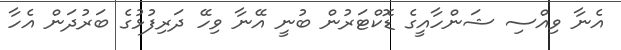
އެނާ ވިއްސި ޝަންހާއީގެ ޑޮކްޓަރުން ބުނީ އޭނާ ވިހޭ ދަރިފުޅުގެ ބަރުދަން އެހާ